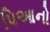
પિઆનો